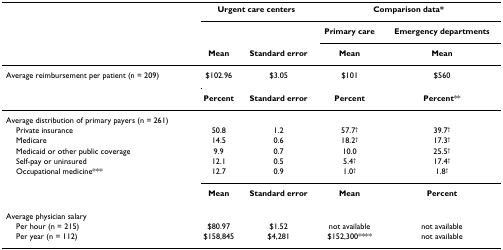
|  | <COLSPAN=2> Urgent care centers | <COLSPAN=2> Comparison data* |
 |  |  |  | Primary care | Emergency departments |
 |  | Mean | Standard error | Mean | Mean |
 | --- | --- | --- | --- | --- |
 | Average reimbursement per patient (n = 209) | $102.96 | $3.05 | $101 | $560 |
 |  | Percent | Standard error | Percent | Percent** |
 | Average distribution of primary payers (n = 261) |  |  |  |  |
 | Private insurance | 50.8 | 1.2 | 57.7† | 39.7† |
 | Medicare | 14.5 | 0.6 | 18.2† | 17.3† |
 | Medicaid or other public coverage | 9.9 | 0.7 | 10.0 | 25.5† |
 | Self-pay or uninsured | 12.1 | 0.5 | 5.4† | 17.4† |
 | Occupational medicine*** | 12.7 | 0.9 | 1.0† | 1.8† |
 |  | Mean | Standard error | Mean | Percent |
 | Average physician salary |  |  |  |  |
 | Per hour (n = 215) | $80.97 | $1.52 | not available | not available |
 | Per year (n = 112) | $158,845 | $4,281 | $152,300**** | not available |